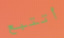
أتتبع